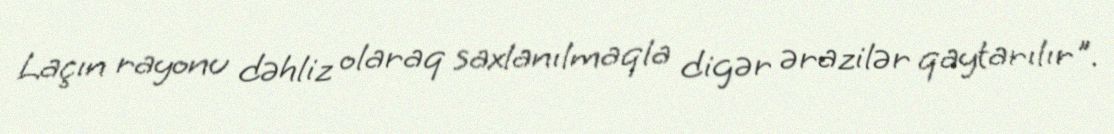
Laçın rayonu dəhliz olaraq saxlanılmaqla digər ərazilər qaytarılır".